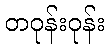
တဝုန်းဝုန်း